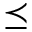
\preceq